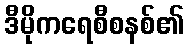
ဒီမိုကရေစီစနစ်၏